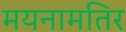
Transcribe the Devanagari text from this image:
मयनामतिर